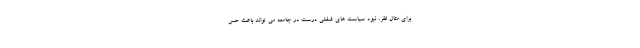
برای مثال فقر، نبود سیاست های شغلی درست در جامعه می تواند باعث حس